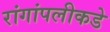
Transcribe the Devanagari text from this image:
रांगांपलीकडे